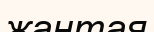
жантая